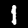
Label: 1